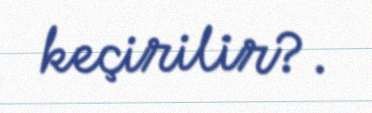
keçirilir?.